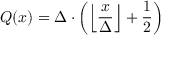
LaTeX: Q ( x ) = \Delta \cdot \left( \left\lfloor { \frac { x } { \Delta } } \right\rfloor + { \frac { 1 } { 2 } } \right)